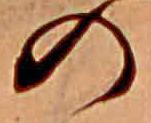
の